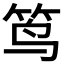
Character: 𮵮